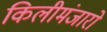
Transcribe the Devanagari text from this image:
किलीमंजारो